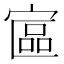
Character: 𡩾